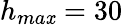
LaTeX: h_{ma\mathit{x}}=30